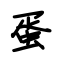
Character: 蛋